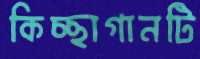
কিচ্ছাগানটি